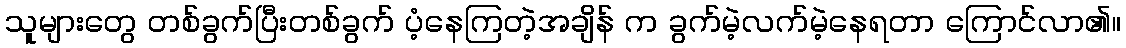
သူများတွေ တစ်ခွက်ပြီးတစ်ခွက် ပံ့နေကြတဲ့အချိန် က ခွက်မဲ့လက်မဲ့နေရတာ ကြောင်လာ၏။